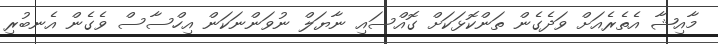
މާއިޝާ އެތެރެއަށް ވަދެގެން ތަންކޮޅަކަށް ގޮއްސައި ނާޔަލް ނުވަންނަކަން އިހްސާސް ވެގެން އެނބުރި